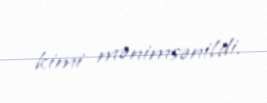
kimi mənimsənildi.